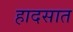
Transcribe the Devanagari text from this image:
हादसात